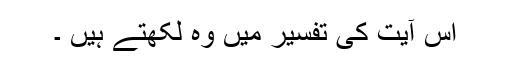
اس آیت کی تفسیر میں وہ لکھتے ہیں ۔